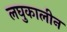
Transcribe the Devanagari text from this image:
लघुकालीन